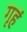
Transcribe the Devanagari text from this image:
गृहं